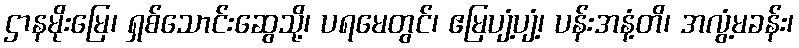
ဌာနမိုးမြေ၊ ရှစ်သောင်းဆွေသို့၊ ပရမေတွင်၊ ဧမြပျံ့ပျံ့၊ ပန်းအနံ့တိ၊ အလွံ့မခန်း၊